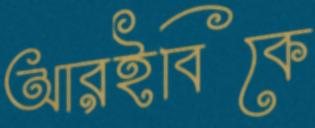
আরইবিকে